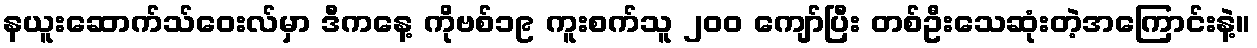
နယူးဆောက်သ်ဝေးလ်မှာ ဒီကနေ့ ကိုဗစ်၁၉ ကူးစက်သူ ၂၀၀ ကျော်ပြီး တစ်ဦးသေဆုံးတဲ့အကြောင်းနဲ့။